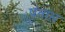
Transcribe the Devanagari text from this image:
पंतांस